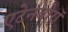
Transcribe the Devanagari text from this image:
एटेनबोरॉ